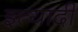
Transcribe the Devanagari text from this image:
इत्यादी